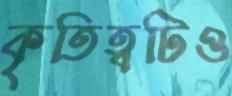
কৃতিত্বটিও